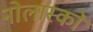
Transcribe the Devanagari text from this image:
नोलास्को